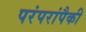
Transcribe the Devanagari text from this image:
परंपरांपैकी